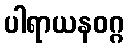
ပါရာယနဝဂ္ဂ